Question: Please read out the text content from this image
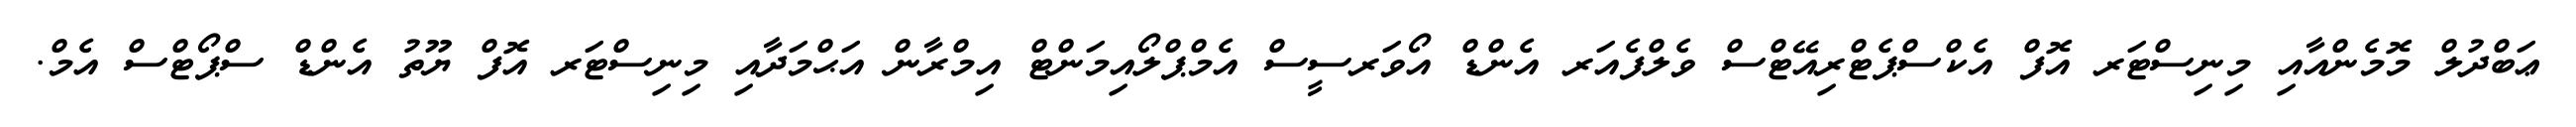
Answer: ޢަބްދުލް މޮމެންއާއި މިނިސްޓަރ އޮފް އެކްސްޕެޓްރިއޭޓްސް ވެލްފެއަރ އެންޑް އޯވަރސީސް އެމްޕްލޯއިމަންޓް އިމްރާން އަޙްމަދާއި މިނިސްޓަރ އޮފް ޔޫތު އެންޑް ސްޕޯޓްސް އެމް.